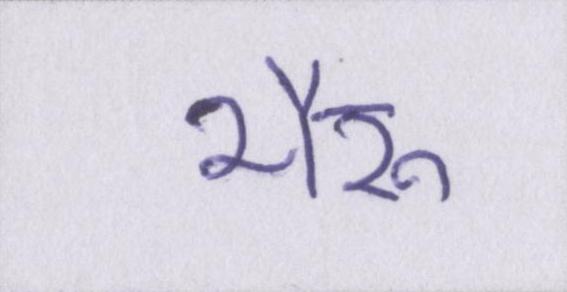
भैरू